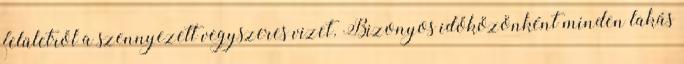
felületről a szennyezett vegyszeres vizet. Bizonyos időközönként minden lakás